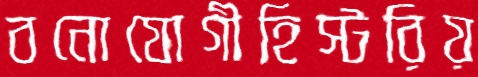
বনোযোগীহিস্টরিয়